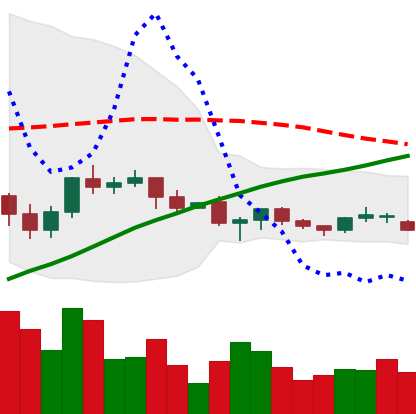
Ticker: XRP-USD
Chart end date: 2021-06-16
Forward return: -26.628%
Label: down_7plus